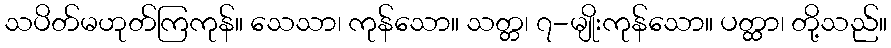
သပိတ်မဟုတ်ကြကုန်။ သေသာ၊ ကုန်သော။ သတ္တ၊ ၇-မျိုးကုန်သော။ ပတ္ထာ၊ တို့သည်။